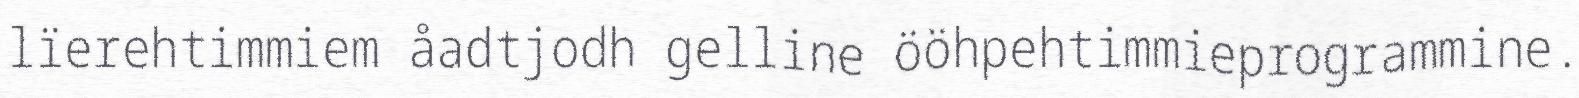
lïerehtimmiem åadtjodh gelline ööhpehtimmieprogrammine.